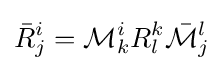
{\bar {R}}_{j}^{i}={\mathcal {M}}_{k}^{i}R_{l}^{k}{\bar {\mathcal {M}}}_{j}^{l}